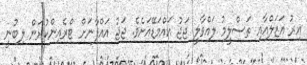
އިރު އަޒަލްއާއި ތަސްލީމު ލައްވާލީ ޖަޖު އައްމަޑޭއަށެވެ. ޖަޖު އައްފާނަށް ޓްރެއިންކުރަން ލިބުނީ